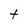
Character: t